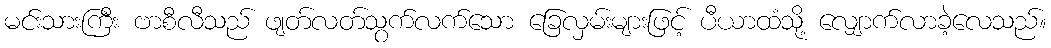
မင်းသားကြီး ဗာစီလီသည် ဖျတ်လတ်သွက်လက်သော ခြေလှမ်းများဖြင့် ပီယာထံသို့ လျှောက်လာခဲ့လေသည်။